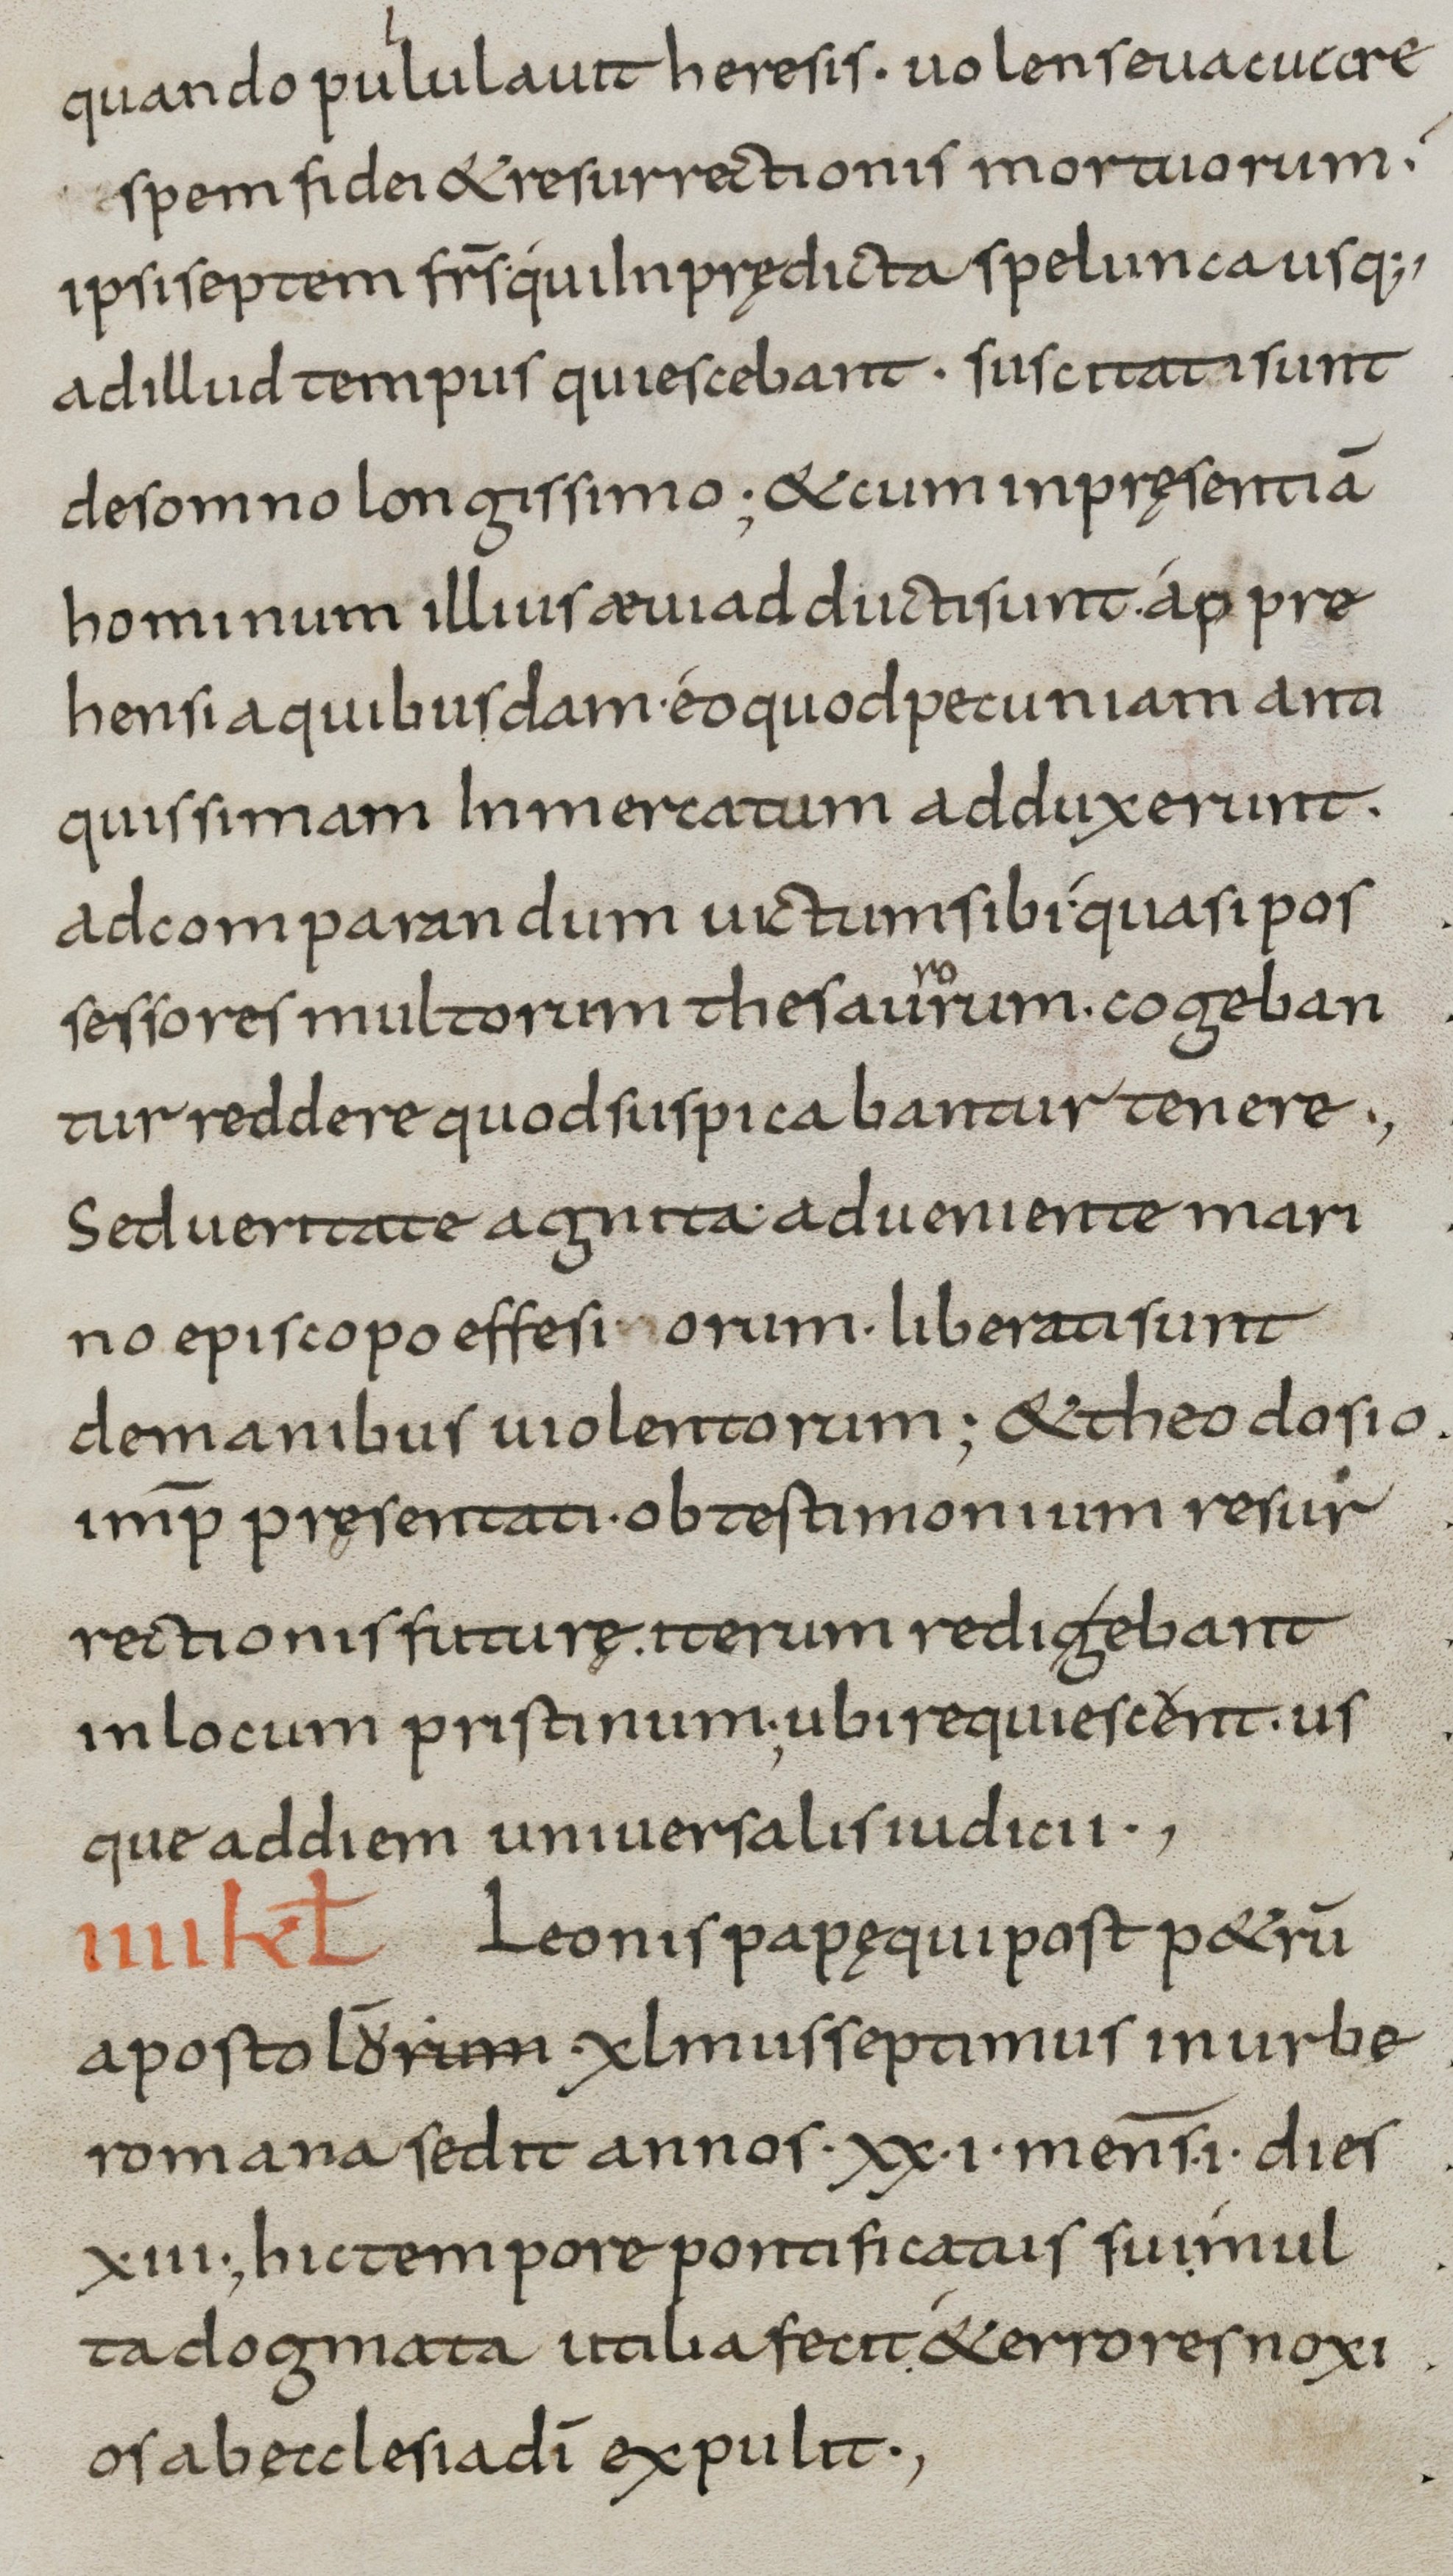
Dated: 800–899